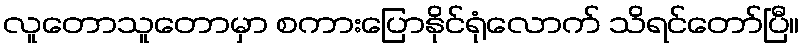
လူတောသူတောမှာ စကားပြောနိုင်ရုံလောက် သိရင်တော်ပြီ။